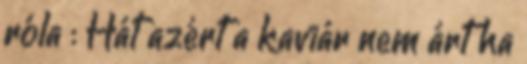
róla : Hát azért a kaviár nem árt ha